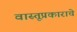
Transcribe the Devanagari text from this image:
वास्तूप्रकाराचे